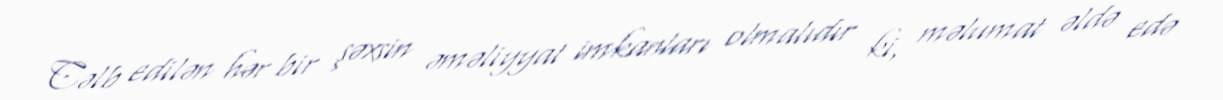
Cəlb edilən hər bir şəxsin əməliyyat imkanları olmalıdır ki, məlumat əldə edə